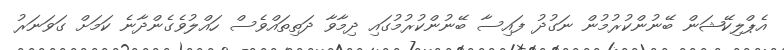
އެޕްލިކޭޝަން ބޭނުންކުރުމުން ނަގުދު ފައިސާ ބޭނުންކުރުމުގައި ދިމާވާ ދަތިތައްވެސް ހައްލުވެގެންދާނެ ކަމަށް ގަވަނަރު